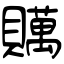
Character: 贎